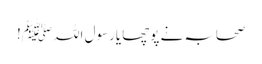
صحابہ نے پوچھا یارسول اللہ ﷺ!